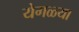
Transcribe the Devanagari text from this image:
येगळ्या